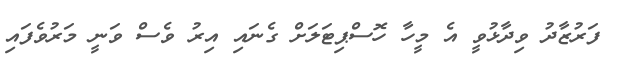
ފަރުޒާދު ވިދާޅުވީ އެ މީހާ ހޮސްޕިޓަލަށް ގެނައި އިރު ވެސް ވަނީ މަރުވެފައި